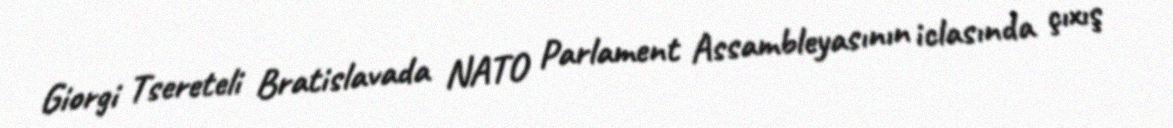
Giorgi Tsereteli Bratislavada NATO Parlament Assambleyasının iclasında çıxış